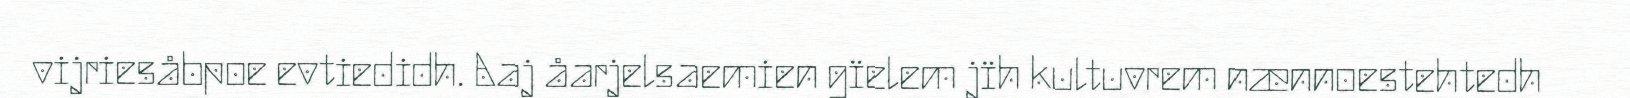
vijriesåbpoe evtiedidh. Aaj åarjelsaemien gïelem jïh kultuvrem nænnoestehtedh